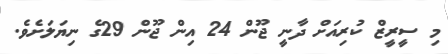
މި ސީރީޒް ކުރިއަށް ދާނީ ޖޫން 24 އިން ޖޫން 29ގެ ނިޔަލަށެވެ.